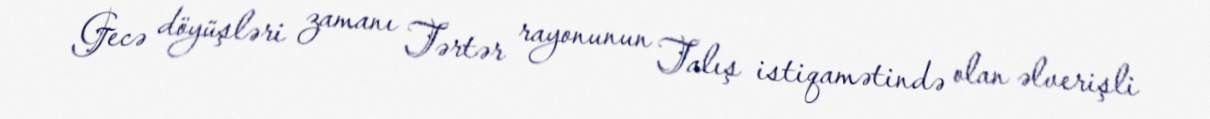
Gecə döyüşləri zamanı Tərtər rayonunun Talış istiqamətində olan əlverişli